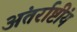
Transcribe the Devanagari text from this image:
अंतर्राष्टींय